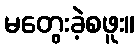
မတွေးခဲ့စဖူး။